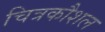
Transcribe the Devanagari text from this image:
चित्रकौशल